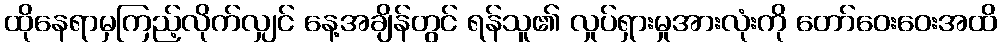
ထိုနေရာမှကြည့်လိုက်လျှင် နေ့အချိန်တွင် ရန်သူ၏ လှုပ်ရှားမှုအားလုံးကို တော်ဝေးဝေးအထိ